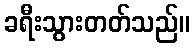
ခရီးသွားတတ်သည်။